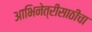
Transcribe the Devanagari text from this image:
आभिनेत्रीसाठीचा